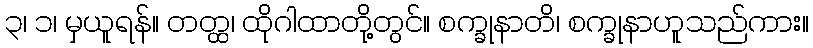
၃၊ ၁၊ မှယူရန်။ တတ္ထ၊ ထိုဂါထာတို့တွင်။ စက္ခုနာတိ၊ စက္ခုနာဟူသည်ကား။